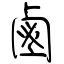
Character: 鹵